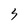
Character: 3